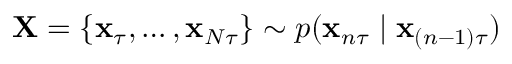
\mathbf { X } = \{ \mathbf { x } _ { \tau } , \dots , \mathbf { x } _ { N \tau } \} \sim p ( \mathbf { x } _ { n \tau } \mid \mathbf { x } _ { ( n - 1 ) \tau } )